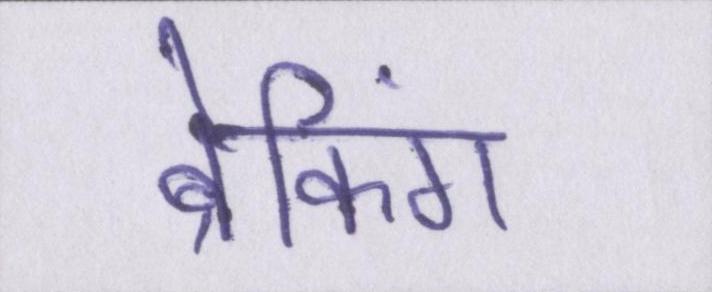
ब्रेकिंग